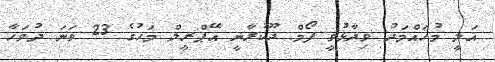
އަލީ މުހައްމަދު ވިދާޅުވީ ފޯމް ދޫކުރާނީ އޭޕްރީލް މަހުގެ 23 ވަނަ ދުވަހާ